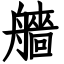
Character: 艢